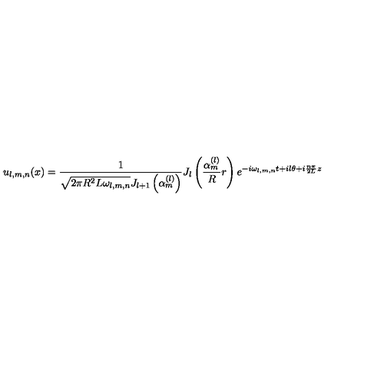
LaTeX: u _ { l , m , n } ( x ) = \frac 1 { \sqrt { 2 \pi R ^ { 2 } L \omega _ { l , m , n } } J _ { l + 1 } \left( \alpha _ { m } ^ { ( l ) } \right) } J _ { l } \left( \frac { \alpha _ { m } ^ { ( l ) } } R r \right) e ^ { - i \omega _ { l , m , n } t + i l \theta + i \frac { n \pi } { 2 L } z }